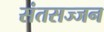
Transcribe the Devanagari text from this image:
संतसज्जन